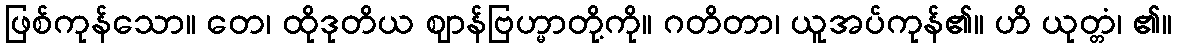
ဖြစ်ကုန်သော။ တေ၊ ထိုဒုတိယ ဈာန်ဗြဟ္မာတို့ကို။ ဂတိတာ၊ ယူအပ်ကုန်၏။ ဟိ ယုတ္တံ၊ ၏။